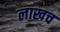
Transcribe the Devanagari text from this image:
लाखच